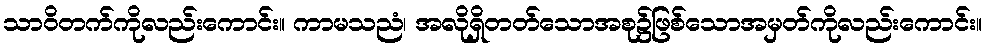
သာဝိတက်ကိုလည်းကောင်း။ ကာမသညံ၊ အလိုရှိတတ်သောအစု၌ဖြစ်သောအမှတ်ကိုလည်းကောင်း။